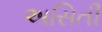
અસિતી